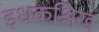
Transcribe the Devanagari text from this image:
इधकश्लिख